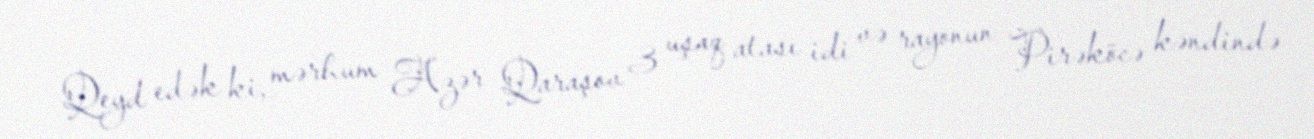
Qeyd edək ki, mərhum Azər Qaraşov 3 uşaq atası idi və rayonun Pirəköcə kəndində